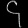
Digit: ၄